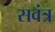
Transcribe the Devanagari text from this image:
सवंत्र